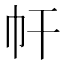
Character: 𢁗